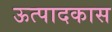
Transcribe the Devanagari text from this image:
ऊत्पादकास